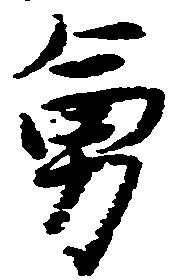
勇